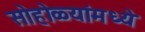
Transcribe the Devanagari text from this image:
सोहोळ्यांमध्ये